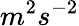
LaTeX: m^{2}s^{-2}